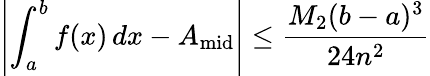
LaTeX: \left\vert\int_{a}^{b}f(x)\, dx-A_{\mathrm{mid}}\right\vert\leq{\frac{M_{2}(b-a)^{3}}{24n^{2}}}